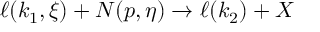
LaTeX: \ell ( k _ { 1 } , \xi ) + N ( p , \eta ) \rightarrow \ell ( k _ { 2 } ) + X